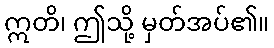
ဣတိ၊ ဤသို့ မှတ်အပ်၏။